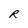
Character: R